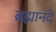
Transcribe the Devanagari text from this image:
ब्रह्मानंदें